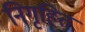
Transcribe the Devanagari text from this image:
निगृहित